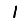
Digit: 1